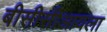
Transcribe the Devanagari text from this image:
बीसीसीआयला